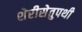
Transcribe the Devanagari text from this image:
शेरीसेतुपथी